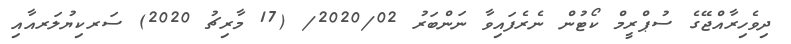
ދިވެހިރާއްޖޭގެ ސުޕްރީމް ކޯޓުން ނެރެފައިވާ ނަންބަރު 2020/02/ (17 މާރިޗު 2020) ސަރކިޔުލަރއާއި